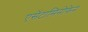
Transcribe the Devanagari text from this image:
एसेंटामिनोफेन